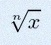
\sqrt[n]{x}